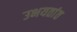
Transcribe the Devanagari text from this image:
उभयतांत